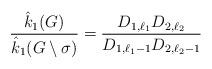
LaTeX: \begin{align*}\dfrac{\hat{k}_1{(G)}}{\hat{k}_1(G\setminus\sigma)}= \dfrac{D_{1,\ell_1}D_{2,\ell_2}}{D_{1,\ell_1-1}D_{2,\ell_2-1}}\end{align*}